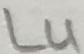
Text: L4